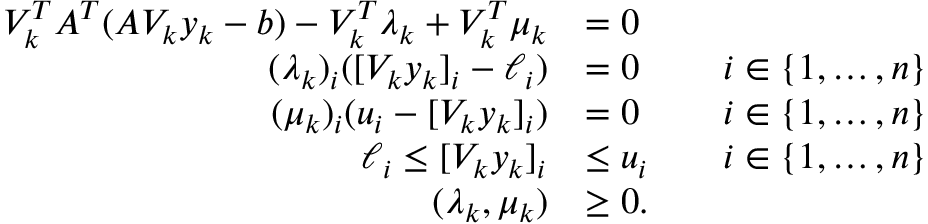
\begin{array} { r l r l } { V _ { k } ^ { T } A ^ { T } ( A V _ { k } y _ { k } - b ) - V _ { k } ^ { T } \lambda _ { k } + V _ { k } ^ { T } \mu _ { k } } & { = 0 } \\ { ( \lambda _ { k } ) _ { i } ( [ V _ { k } y _ { k } ] _ { i } - \ell _ { i } ) } & { = 0 } & & { i \in \{ 1 , \ldots , n \} } \\ { ( \mu _ { k } ) _ { i } ( u _ { i } - [ V _ { k } y _ { k } ] _ { i } ) } & { = 0 } & & { i \in \{ 1 , \ldots , n \} } \\ { \ell _ { i } \leq [ V _ { k } y _ { k } ] _ { i } } & { \leq u _ { i } } & & { i \in \{ 1 , \ldots , n \} } \\ { ( \lambda _ { k } , \mu _ { k } ) } & { \geq 0 . } \end{array}